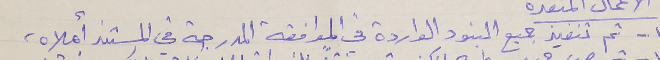
١١ - تم تنفيذ جميع البنود الواردة في الموافقة المدرجة في المستند أعلاه،